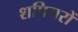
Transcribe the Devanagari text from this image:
शपियरों